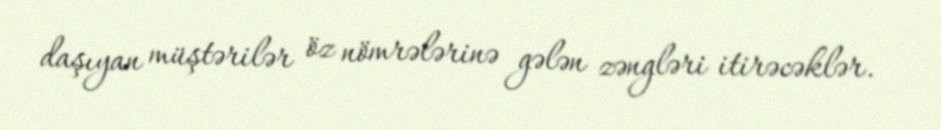
daşıyan müştərilər öz nömrələrinə gələn zəngləri itirəcəklər.